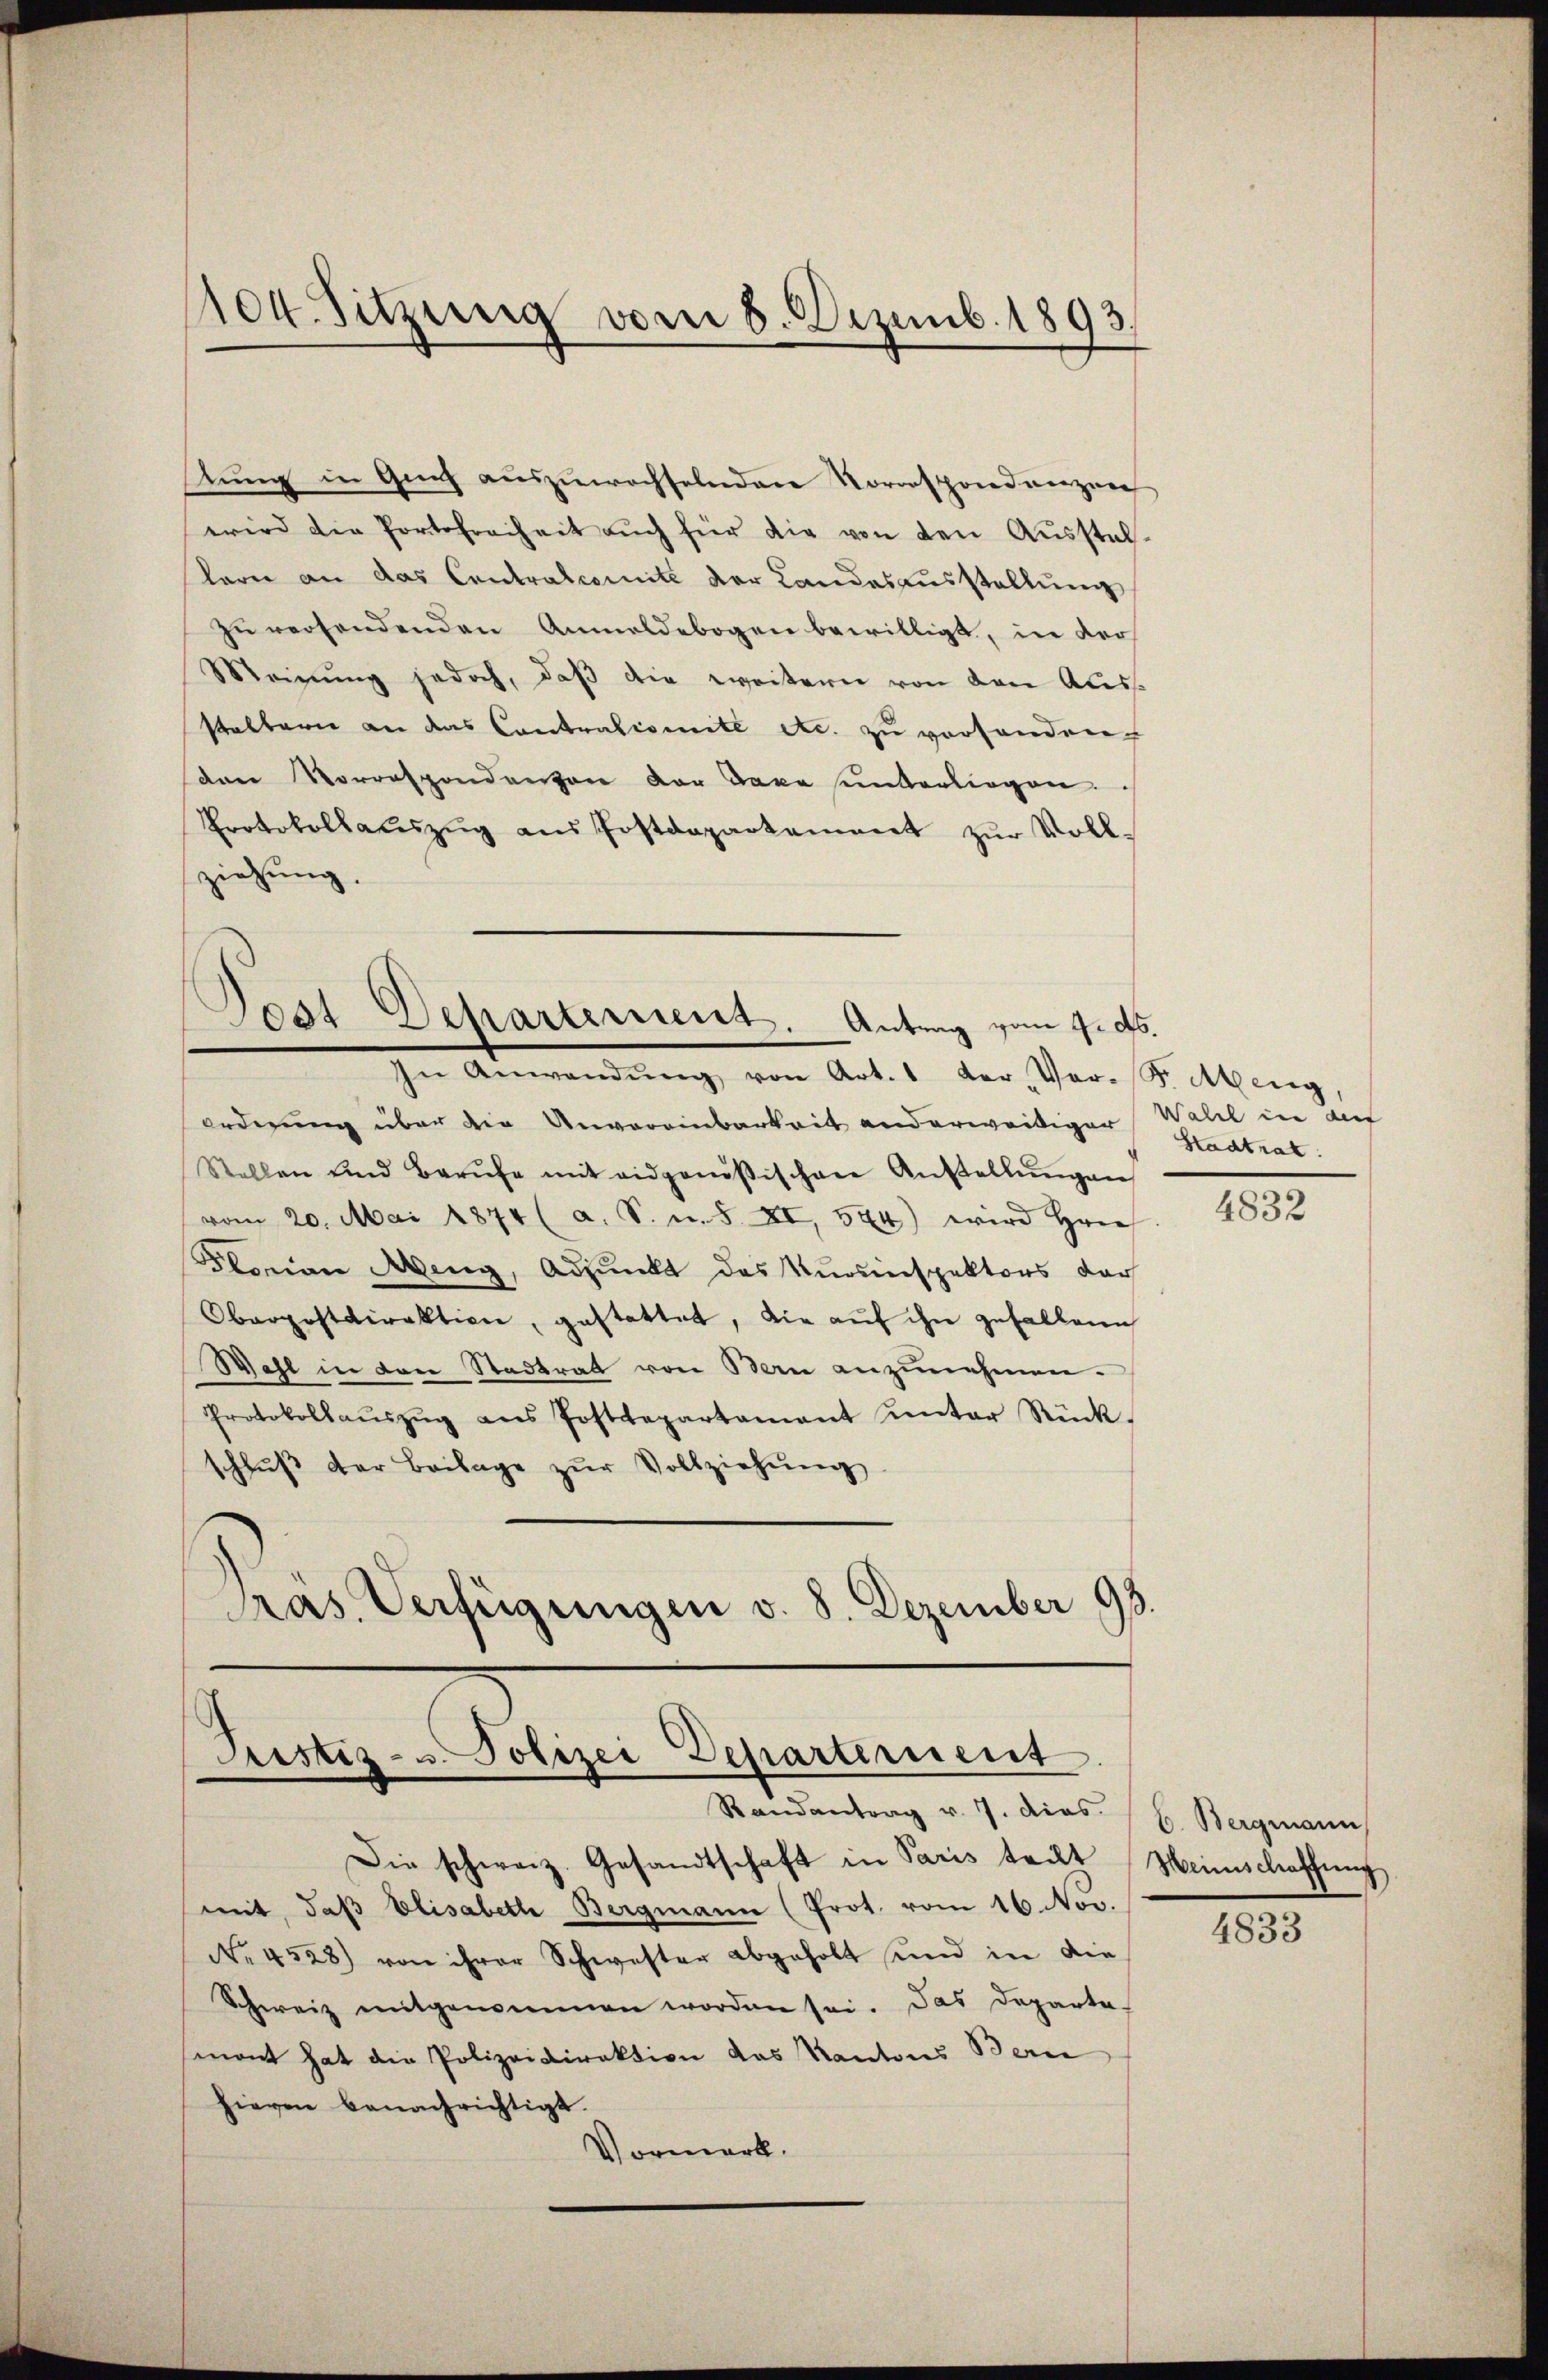
1104. Sitzung vom 8. Dezemb. 1893.

stung in Guch auszuwechselnden Vorrespondenzen
wird die Portofreiheit aŭch für die von den Aŭsstel-
lerei an das Contralcomité der Landesausstellung
zu versendenden Anmeldebogen bewilligt, in der
Meinung jedoch, daß die weitern von den Ausstaltern an das Contralcomite etc. zu vorhanden
van Vorrespondenzen der Taxe unterliegen.
Protokollaŭszŭg aŭs Postdepartement zŭr Voll-
ziehung.

Jost Departement. Antrag vom 9. ds.

hen Anwendung von Antis der Ver- Stellung
ordnung über die Unvereinbarkeit anderweitiger Wahl in auf
Stellen und Berŭfe mit eidgenößischen Anstellŭngen
vom 20. Mai 1874 (a. S. u. S. XI, 544) wird Hrn.
Florian Meng, Adjunkt des Kursinspektors dar
Oberpostdirektion, gestattet, die auf ihn gefallene
Wahl in den Stadtrat von Bern anzunehmen.
Protokollaŭszŭg ans Postdepartamant unter Rück-
schlŭβ der Beilage zŭr Vollziehŭng
Pras. Verfügungen v. 8. Dezember 98

Austiz- u Polizei Departement
Randantrag v. 7. dies

Die schweiz. Gesandtschaft in Paris teilt Heinschaffung
mit, daβ Elisabeth Bergmann (Prot. vom 16. Nov.
No. 4528) von ihrer Schwester abgeholt und in die
Schweiz mitgenommen worden sei. Das Departe-
mont hat die Polizeidirektion das Kantons Bern
hievon benachrichtigt.
Vormerk.

Stadtrat

4832

b. Bergmann

4833